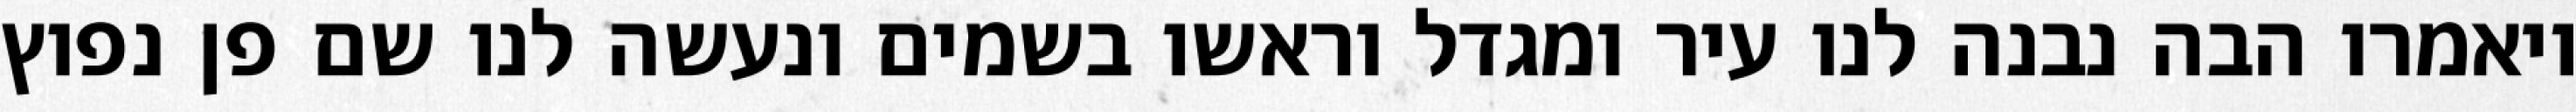
ויאמרו הבה נבנה לנו עיר ומגדל וראשו בשמים ונעשה לנו שם פן נפוץ